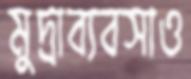
মুদ্রাব্যবসাও